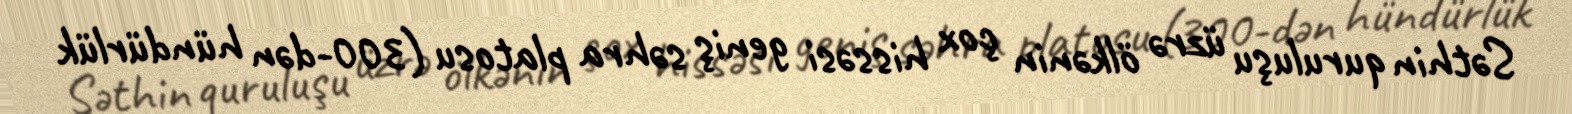
Səthin quruluşu üzrə ölkənin çox hissəsi geniş səhra platosu (300-dən hündürlük